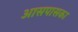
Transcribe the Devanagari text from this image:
आसपासका